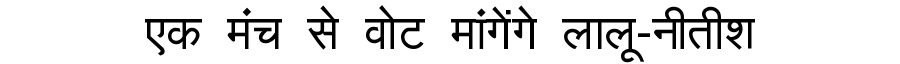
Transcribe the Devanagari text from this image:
एक मंच से वोट मांगेंगे लालू-नीतीश